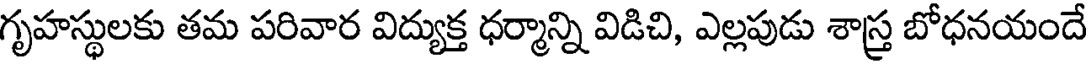
గృహస్థులకు తమ పరివార విద్యుక్త ధర్మాన్ని విడిచి, ఎల్లపుడు శాస్త్ర బోధనయందే